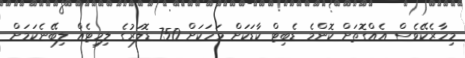
މިހާރެކޭވެސް އެއްގޮތަށް ކޮންމެ ޑެބިޓް ކާޑަކަށް މަހަކަށް 750 ޑޮލަރުގެ ލިމިޓެއް ލިބޭނެކަމަށް